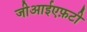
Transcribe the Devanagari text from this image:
जीआईएफ़टी